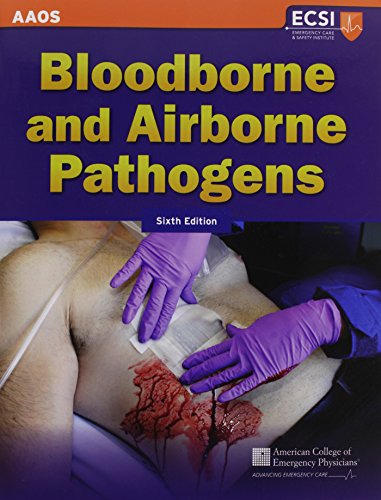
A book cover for Bloodborne And Airborne Pathogens; American Academy of Orthopaedic Surgeons (AAOS); Medical Books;